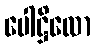
ပေါဋ္ဌိလော